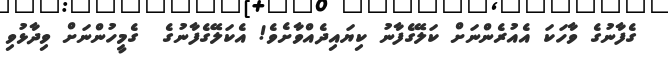
ގެފާނުގެ ވާހަކަ އެއުރެންނަށް ކަލޭގެފާނު ކިޔައިދެއްވާށެވެ! އެކަލޭގެފާނުގެ  ގެމީހުންނަށް ވިދާޅުވި